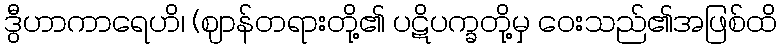
ဒွီဟာကာရေဟိ၊ (ဈာန်တရားတို့၏ ပဋိပက္ခတို့မှ ဝေးသည်၏အဖြစ်ထိ